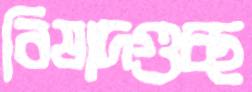
বিষাদগুচ্ছ